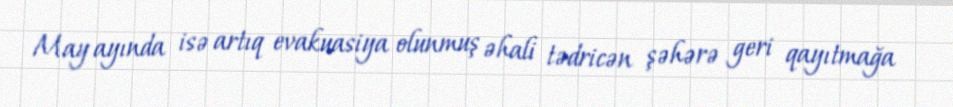
May ayında isə artıq evakuasiya olunmuş əhali tədricən şəhərə geri qayıtmağa